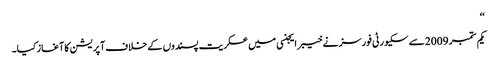
‘‘
یکم ستمبر 2009سے سکیورٹی فورسز نے خیبر ایجنسی میں عسکریت پسندوں کے خلاف آپریشن کا آغاز کیا۔